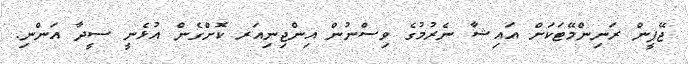
ޖޭޕީން ރަނިންމޭޓަކަށް އައިޝާ ނެރުމުގެ ވިސްނުން އިންޖިނިއަރ ކޮށްގެން އުޅެނީ ސީދާ އަންނި.